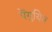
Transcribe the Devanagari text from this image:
पेंगुयिन